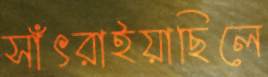
সাঁৎরাইয়াছিলে